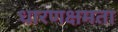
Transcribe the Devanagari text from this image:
धारणक्षमता